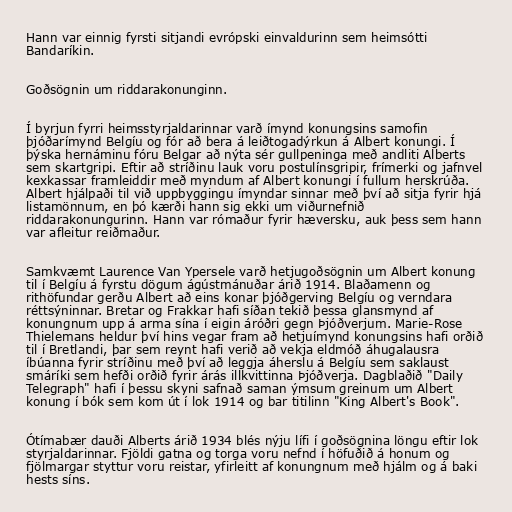
Hann var einnig fyrsti sitjandi evrópski einvaldurinn sem heimsótti
Bandaríkin.

Goðsögnin um riddarakonunginn.

Í byrjun fyrri heimsstyrjaldarinnar varð ímynd konungsins samofin
þjóðarímynd Belgíu og fór að bera á leiðtogadýrkun á Albert konungi. Í
þýska hernáminu fóru Belgar að nýta sér gullpeninga með andliti Alberts
sem skartgripi. Eftir að stríðinu lauk voru postulínsgripir, frímerki og jafnvel
kexkassar framleiddir með myndum af Albert konungi í fullum herskrúða.
Albert hjálpaði til við uppbyggingu ímyndar sinnar með því að sitja fyrir hjá
listamönnum, en þó kærði hann sig ekki um viðurnefnið
riddarakonungurinn. Hann var rómaður fyrir hæversku, auk þess sem hann
var afleitur reiðmaður.

Samkvæmt Laurence Van Ypersele varð hetjugoðsögnin um Albert konung
til í Belgíu á fyrstu dögum ágústmánuðar árið 1914. Blaðamenn og
rithöfundar gerðu Albert að eins konar þjóðgerving Belgíu og verndara
réttsýninnar. Bretar og Frakkar hafi síðan tekið þessa glansmynd af
konungnum upp á arma sína í eigin áróðri gegn Þjóðverjum. Marie-Rose
Thielemans heldur því hins vegar fram að hetjuímynd konungsins hafi orðið
til í Bretlandi, þar sem reynt hafi verið að vekja eldmóð áhugalausra
íbúanna fyrir stríðinu með því að leggja áherslu á Belgíu sem saklaust
smáríki sem hefði orðið fyrir árás illkvittinna Þjóðverja. Dagblaðið "Daily
Telegraph" hafi í þessu skyni safnað saman ýmsum greinum um Albert
konung í bók sem kom út í lok 1914 og bar titilinn "King Albert's Book".

Ótímabær dauði Alberts árið 1934 blés nýju lífi í goðsögnina löngu eftir lok
styrjaldarinnar. Fjöldi gatna og torga voru nefnd í höfuðið á honum og
fjölmargar styttur voru reistar, yfirleitt af konungnum með hjálm og á baki
hests síns.